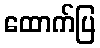
ထောက်ပြ